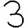
Digit: 3